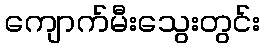
ကျောက်မီးသွေးတွင်း